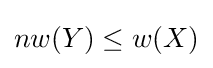
nw(Y)\leq w(X)